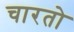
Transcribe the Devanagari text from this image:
चारतो